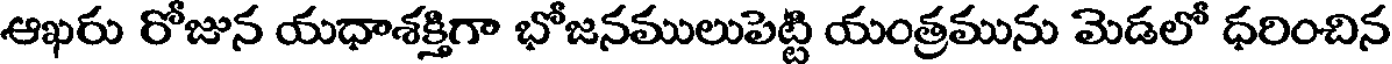
ఆఖరు రోజున యధాశక్తిగా భోజనములుపెట్టి యంత్రమును మెడలో ధరించిన